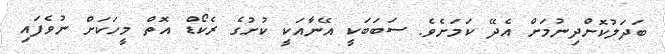
ބަދަލުކޮށްދިނުމަށް އެދޭ ކަމަށެވެ. ސަބަބަކީ އޭނާއަކީ ކުށުގެ ރެކޯޑް އޮތް މީހަކަށް ނުވެފައި